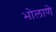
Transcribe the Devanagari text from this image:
भोलाणे